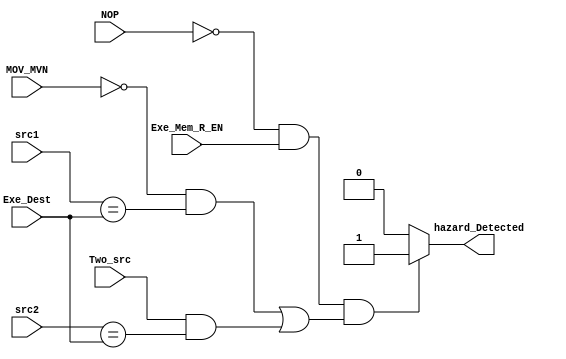
module Hazard_Detection_Unit (src1, src2, Exe_Dest, Exe_Mem_R_EN, MOV_MVN, Two_src, NOP, hazard_Detected);
  
  input [3:0] src1, src2, Exe_Dest;
  input Exe_Mem_R_EN, MOV_MVN, Two_src, NOP;
  output reg hazard_Detected;
  
  always @(src1, src2, Exe_Dest, Exe_Mem_R_EN, MOV_MVN, Two_src, NOP) begin
    hazard_Detected = 1'b0;
    if(~NOP && Exe_Mem_R_EN && ((~MOV_MVN && src1 == Exe_Dest) || (Two_src && src2 == Exe_Dest))) hazard_Detected = 1'b1;
  end
  
endmodule